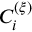
C _ { i } ^ { ( \xi ) }